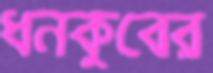
ধনকুবের